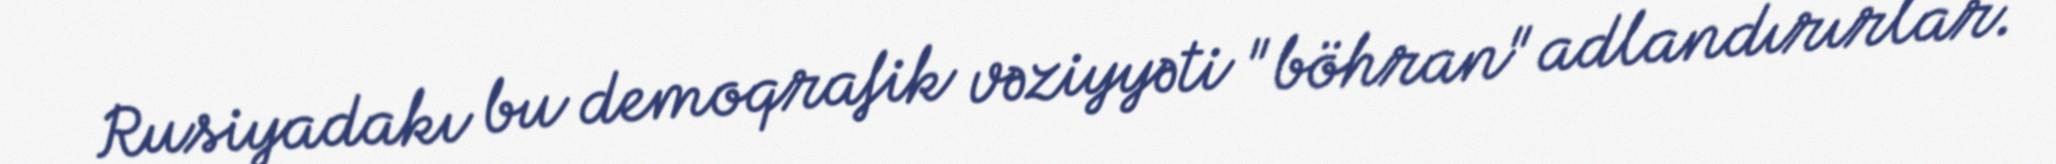
Rusiyadakı bu demoqrafik vəziyyəti "böhran" adlandırırlar.